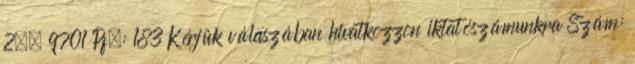
2., 9701 Pf.: 183 Kérjük válaszában hivatkozzon iktatószámunkra Szám: